Papers set at the Examination for Leaving Certificates, 1892
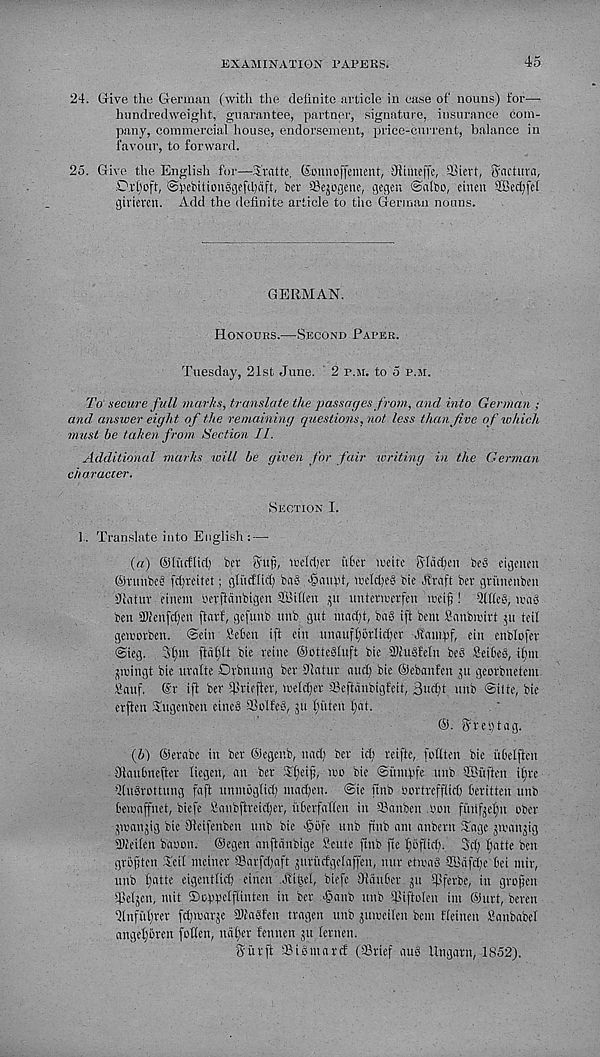
EXAMINATION PAPERS.
45
24. Give the German (with the definite article in case of nouns) for—
hundredweight, guarantee, partner, signature, insurance com-
pany, commercial house, endorsement, price-current, balance in
favour, to forward.
25. Give the English for—S'ratte, ©onnoffement, Ofimeffe, HSiert, Snctuva,
Drboft, iSpebitionggefibtift, bet Sejogene, gegeu @atbo, cinen 28ed;fet
giriercn. Add the definite article to the German nouns.
GERMAN.
Honours.—Second Paper.
Tuesday, 21st June. ' 2 p.m. to 5 p.m.
To secure fall marks, translate the passages from, and into German ;
and answer eight of the remaining questions, not less than five of which
must be taken from Section II.
Additional marks will be given for fair writing in the German
character.
Section I.
1, Translate into English: —
(«) ©liicflict) ber grip, ireldjct iibet meite Slacken beS eigcnni
©vunbeg fdjreitet; gliicftid) bn§ >§111114, ircldjeg bie Jfraft ber gritiieiibeii
Duituv fineiit tierftanbigcn SBifien ,pi untenmfeii iccij?! dittos, iraS
ben 5Dletifd)en ftarf, gefunb unb gut ntad)t, bag ift belli Sanbrnivt 511 teil
gemorben. @cin 2ehcn ift eiit iutauft)orIid)er Ifampf, ein enblofet
<Sieg. 31)in ftdldt bie reine ©ottegluft bie Sltugfelit beS SeibeS, il)iit
jiringt bie uvalte Drbnung ber Dlatur and) bie ©ebaiifen jit georbnetem
2-aitf. ®r ift ber ipriefier, meldjer Seftdnbigfeit, 3ud)t uitb Sitte, bie
erfien Tugenben eineg SSolfeg, 511 ffi'tteit l)at.
@. Sreptag.
(5) ©erabe in ber ©egenb, nad) ber id; reifte, fufiten bie ubetjicn
Dtaubnefter liegen, an ber Tfieifj, mo bie ©i'unpfe unb HBuften iljre
tKugrottung faft unmbglid; niad;en. @ic ftnb oortrefflid) beritten unb
beioaffnet, biefe 2nnbftreid;er, uberfalieit in ©anben Oon fittlfjelfn ober
poanjig bie Sfteifenben unb bie >§bfe unb finb am anbern Tage jiranjig
aiteiien baoon. ©egen anftdnbige Sente ftnb fte l)6fUd;. 3d; l;atte ben
grbfiten Tell nteiner ©arfdjaft juriidgelaffen, mtr etioag 2Bdfd;e bei mir,
unb liatte eigenttiefi eirien dlil^el, biefe dtdnber jit ©ferbe, in grojjen
©eljen, mit ©oppelffinten in ber <§anb unb ©iftolen im ©urt, beren
Slnfutp-er fdpoarje SOtagfen tragen unb juiBeiten bent Heineit Sanbabel
angel)bren follcn, itdl)er feniten 511 lernen.
8itrft ©igmard (©rief aug Ungarn, 1852).